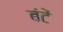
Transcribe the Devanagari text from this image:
बंटें